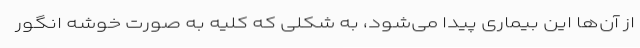
از آن‌ها این بیماری پیدا می‌شود، به شکلی که کلیه به صورت خوشه انگور